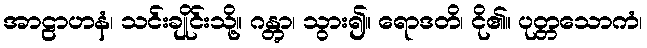
အာဠာဟနံ၊ သင်းချိုင်းသို့။ ဂန္တွာ၊ သွား၍။ ရောဒတိ၊ ငို၏။ ပုတ္တသောကံ၊